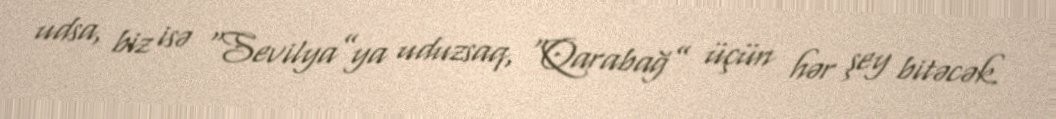
udsa, biz isə “Sevilya”ya uduzsaq, “Qarabağ” üçün hər şey bitəcək.